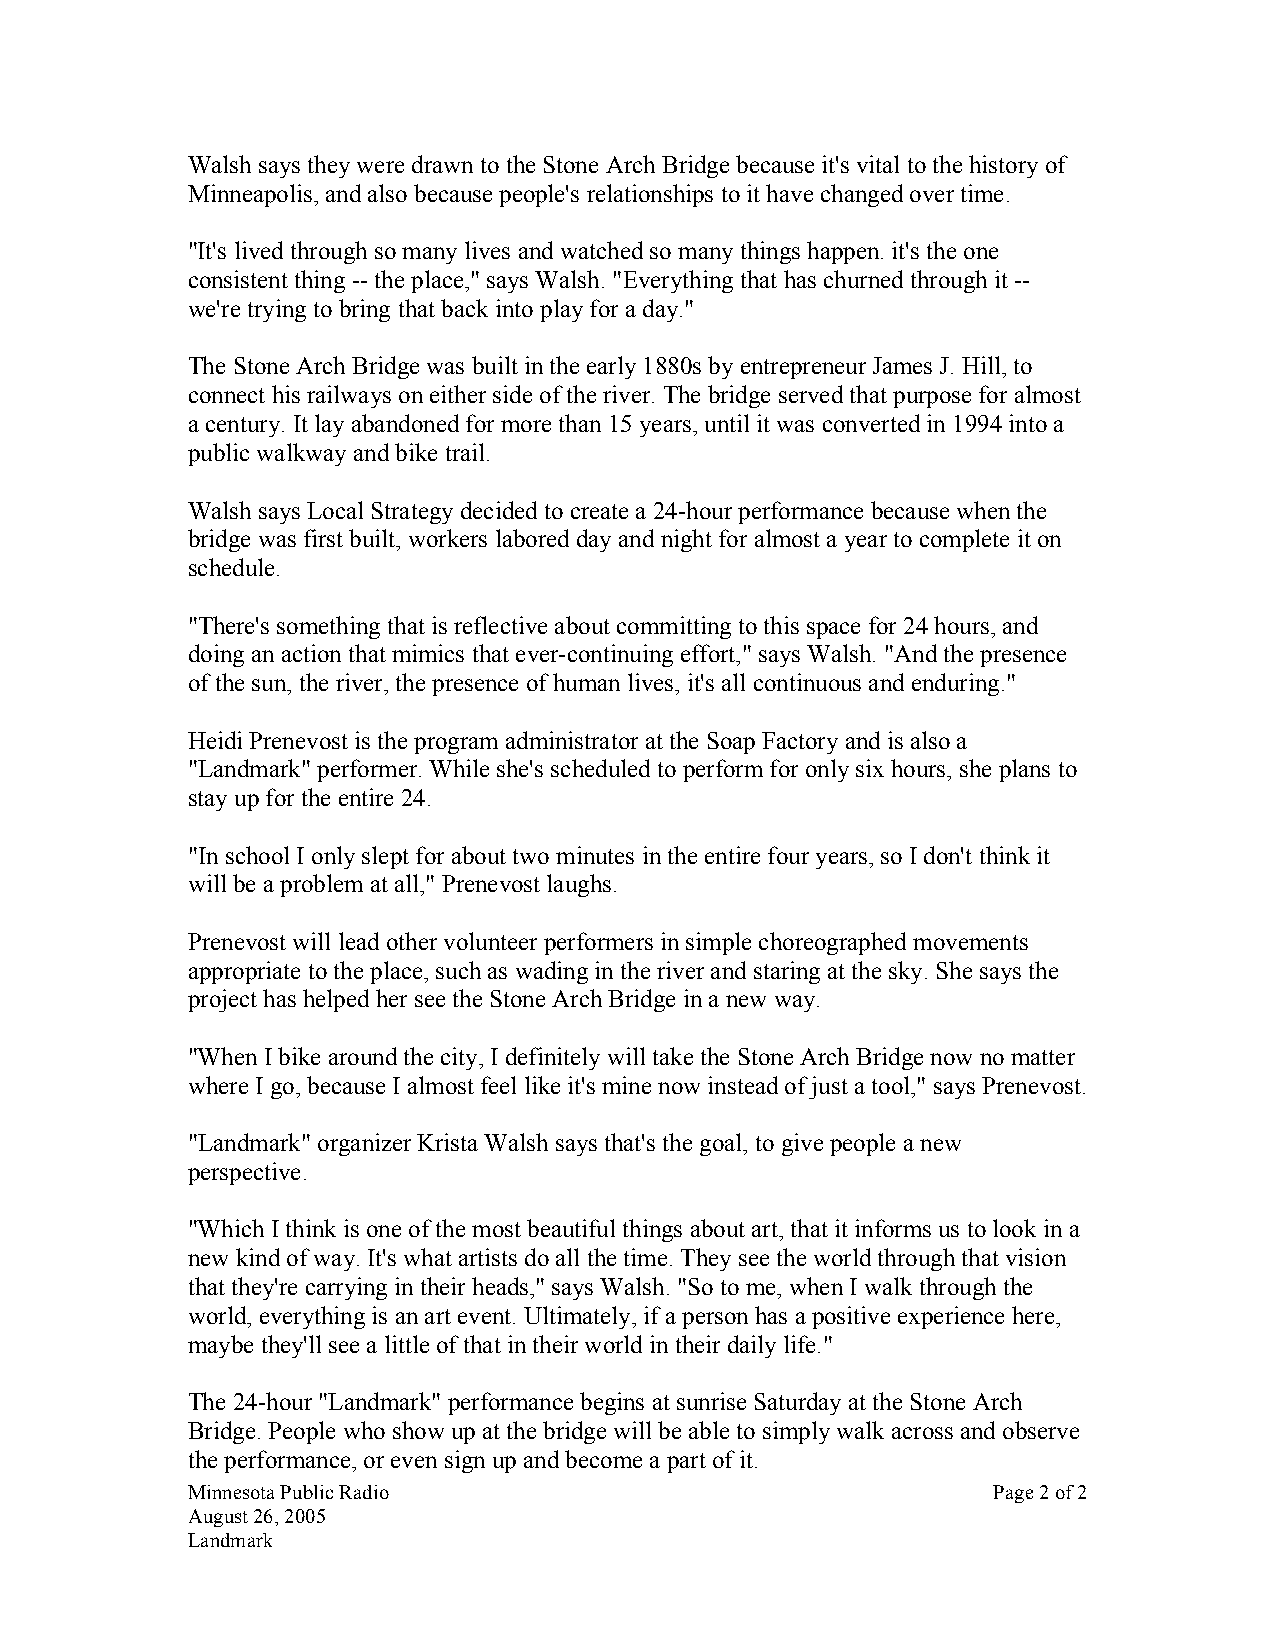
Walsh says they were drawn to the Stone Arch Bridge because it's vital to the history of
 Minneapolis, and also because people's relationships to it have changed over time.
 "It's lived through so many lives and watched so many things happen. it's the one
 consistent thing -- the place," says Walsh. "Everything that has churned through it --
 we're trying to bring that back into play for a day."
 The Stone Arch Bridge was built in the early 1880s by entrepreneur James J. Hill, to
 connect his railways on either side of the river. The bridge served that purpose for almost
 a century. It lay abandoned for more than 15 years, until it was converted in 1994 into a
 public walkway and bike trail.
 Walsh says Local Strategy decided to create a 24-hour performance because when the
 bridge was first built, workers labored day and night for almost a year to complete it on
 schedule.
 "There's something that is reflective about committing to this space for 24 hours, and
 doing an action that mimics that ever-continuing effort," says Walsh. "And the presence
 of the sun, the river, the presence of human lives, it's all continuous and enduring."
 Heidi Prenevost is the program administrator at the Soap Factory and is also a
 "Landmark" performer. While she's scheduled to perform for only six hours, she plans to
 stay up for the entire 24.
 "In school I only slept for about two minutes in the entire four years, so I don't think it
 will be a problem at all," Prenevost laughs.
 Prenevost will lead other volunteer performers in simple choreographed movements
 appropriate to the place, such as wading in the river and staring at the sky. She says the
 project has helped her see the Stone Arch Bridge in a new way.
 "When I bike around the city, I definitely will take the Stone Arch Bridge now no matter
 where I go, because I almost feel like it's mine now instead of just a tool," says Prenevost.
 "Landmark" organizer Krista Walsh says that's the goal, to give people a new
 perspective.
 "Which I think is one of the most beautiful things about art, that it informs us to look in a
 new kind of way. It's what artists do all the time. They see the world through that vision
 that they're carrying in their heads," says Walsh. "So to me, when I walk through the
 world, everything is an art event. Ultimately, if a person has a positive experience here,
 maybe they'll see a little of that in their world in their daily life."
 The 24-hour "Landmark" performance begins at sunrise Saturday at the Stone Arch
 Bridge. People who show up at the bridge will be able to simply walk across and observe
 the performance, or even sign up and become a part of it.
 Minnesota Public Radio                                Page 2 of 2
 August 26, 2005
 Landmark